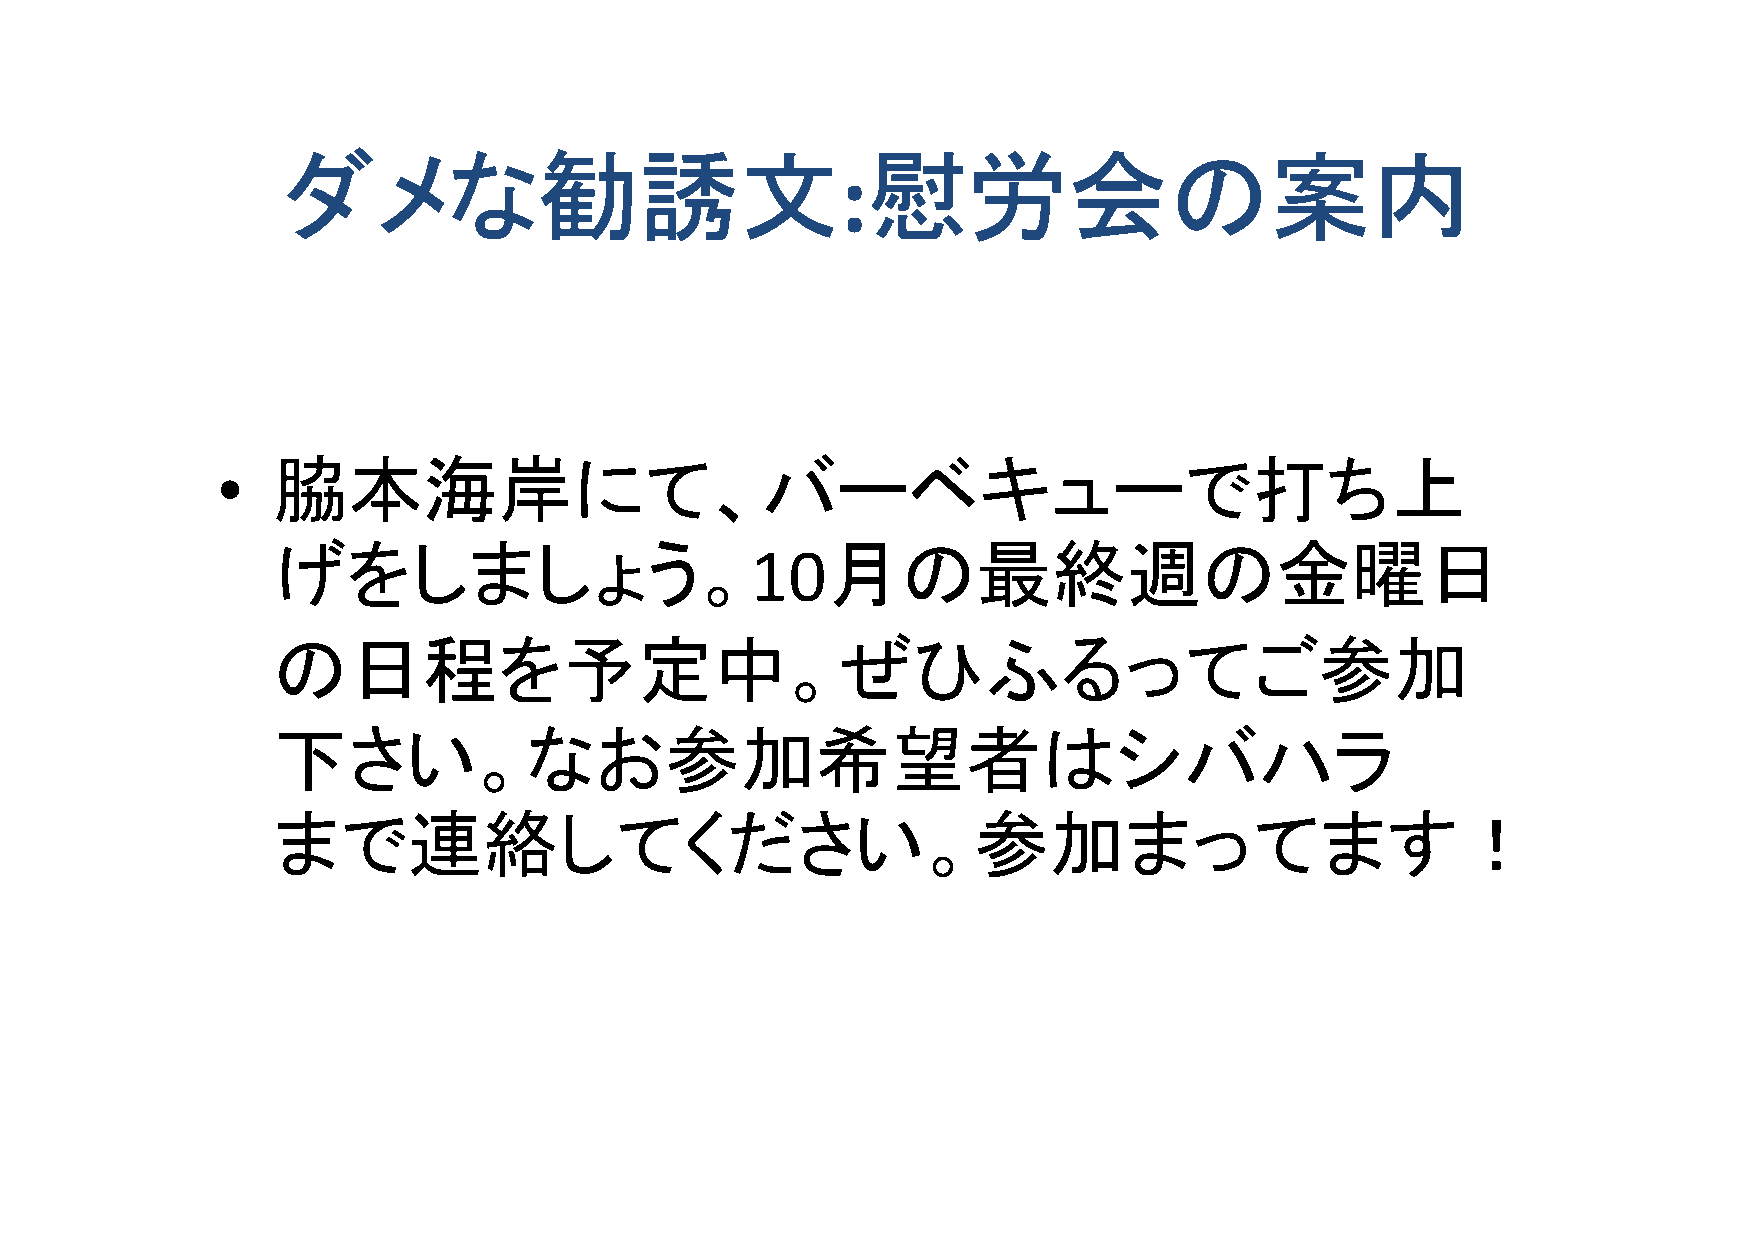
ダメな勧誘文                                慰労会の案内
 :
 •   脇本海岸にて、バーベキューで打ち上
 げをしましょう。                             月の最終週の金曜日
 10
 の日程を予定中。ぜひふるってご参加
 下さい。なお参加希望者はシバハラ
 まで連絡してください。参加まってます！